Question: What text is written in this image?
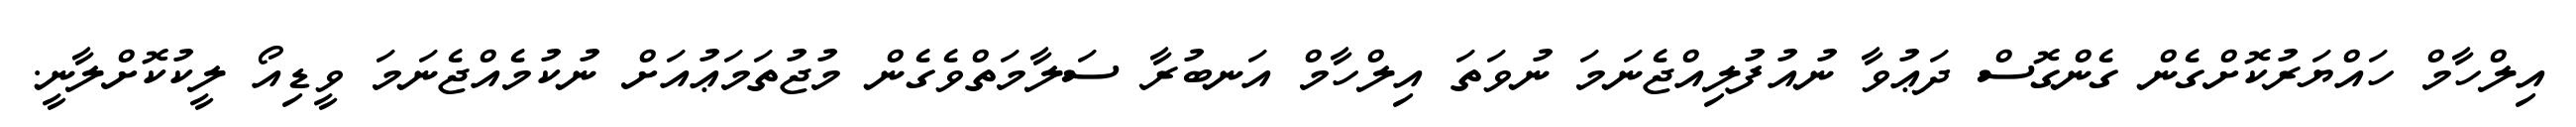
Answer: އިލްހާމް ހައްޔަރުކޮށްގެން ގެންގޮސް ދަޢުވާ ނުއުފުލިއްޖެނަމަ ނުވަތަ އިލްހާމް އަނބުރާ ސަލާމަތްވެގެން މުޖުތަމަޢުއަށް ނުކުމެއްޖެނަމަ ވީޑިއޯ ލީކުކޮށްލާނީ.